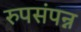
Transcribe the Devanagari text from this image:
रुपसंपन्न